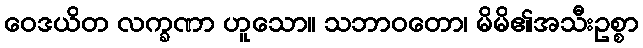
ဝေဒယိတ လက္ခဏာ ဟူသော။ သဘာဝတော၊ မိမိ၏အသီးဥစ္စာ